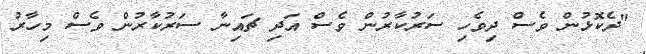
"ދެކޮޅުން ވެސް ދިވެހި ސަރުކާރުން ވެސް އަދި ޗައިނާ ސަރުކާރުން ވެސް މިހާރު